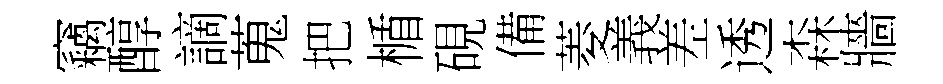
竊醇謫蒐把楯硯備菱義差透森牆